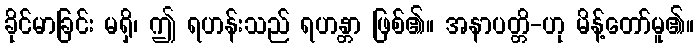
ခိုင်မာခြင်း မရှိ၊ ဤ ရဟန်းသည် ရဟန္တာ ဖြစ်၏။ အနာပတ္တိ-ဟု မိန့်တော်မူ၏။